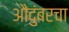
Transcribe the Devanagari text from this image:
औदुंबरचा